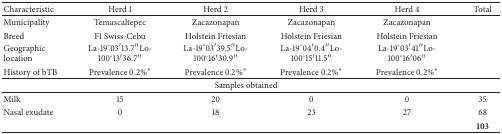
<table><thead><tr><td><b>Characteristic</b></td><td><b>Herd 1</b></td><td><b>Herd 2</b></td><td><b>Herd 3</b></td><td><b>Herd 4</b></td><td><b>Total</b></td></tr></thead><tbody><tr><td>Municipality</td><td>Temascaltepec</td><td>Zacazonapan</td><td>Zacazonapan</td><td>Zacazonapan</td><td> </td></tr><tr><td>Breed</td><td>F1 Swiss-Cebu</td><td>Holstein Friesian</td><td>Holstein Friesian</td><td>Holstein Friesian</td><td> </td></tr><tr><td>Geographic location</td><td>La-19°03′13.7′′Lo-100°13′36.7′′</td><td>La-19°03′39.5′′Lo-100°16′30.9′′</td><td>La-19°04′0.4′′Lo-100°15′11.5′′</td><td>La-19°03′41′′Lo-100°16′06′′</td><td> </td></tr><tr><td>History of bTB</td><td>Prevalence 0.2%<sup><i>∗</i></sup></td><td>Prevalence 0.2%<sup><i>∗</i></sup></td><td>Prevalence 0.2%<sup><i>∗</i></sup></td><td>Prevalence 0.2%<sup><i>∗</i></sup></td><td> </td></tr><tr><td colspan="6"> Samples obtained</td></tr><tr><td>Milk</td><td>15</td><td>20</td><td>0</td><td>0</td><td>35</td></tr><tr><td>Nasal exudate</td><td>0</td><td>18</td><td>23</td><td>27</td><td>68</td></tr><tr><td> </td><td> </td><td> </td><td> </td><td> </td><td><b>103</b></td></tr></tbody></table>